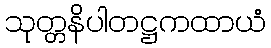
သုတ္တနိပါတဋ္ဌကထာယံ